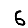
Digit: 6